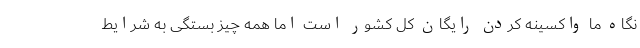
نگاه ما واکسینه کردن رایگان کل کشور است اما همه چیز بستگی به شرایط